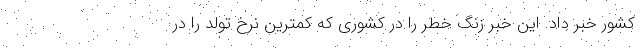
کشور خبر داد. این خبر زنگ خطر را در کشوری که کمترین نرخ تولد را در